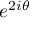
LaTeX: e ^ { 2 i \theta }